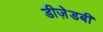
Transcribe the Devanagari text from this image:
डीज़ेडबी